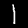
Digit: 1